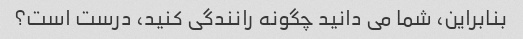
بنابراین، شما می دانید چگونه رانندگی کنید، درست است؟